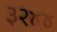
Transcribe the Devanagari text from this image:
३२४४